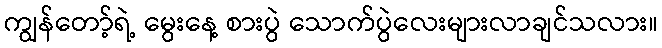
ကျွန်တော့်ရဲ့ မွေးနေ့ စားပွဲ သောက်ပွဲလေးများလာချင်သလား။